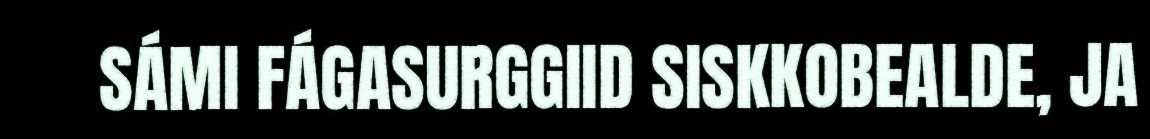
SÁMI FÁGASURGGIID SISKKOBEALDE, JA